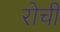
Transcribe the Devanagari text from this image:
रोची